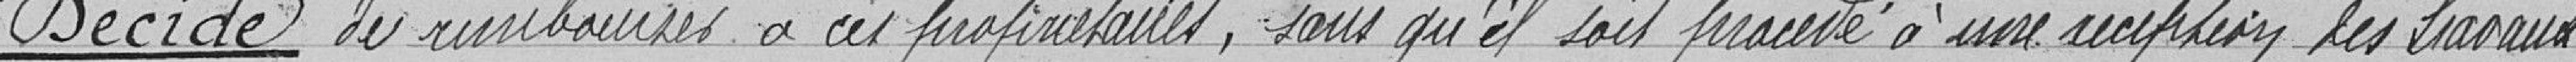
Décide de rembourser les propriétaires, sans qu'il soit procédé à une réception des travaux